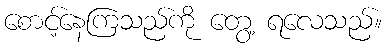
စောင့်နေကြသည်ကို တွေ့ ရလေသည်။